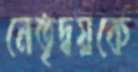
নেতৃদ্বয়কে